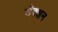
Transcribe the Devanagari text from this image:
सॅक्शन